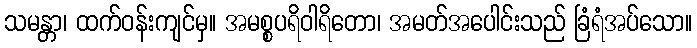
သမန္တာ၊ ထက်ဝန်းကျင်မှ။ အမစ္စပရိဝါရိတော၊ အမတ်အပေါင်းသည် ခြံရံအပ်သော။